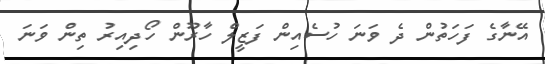
އޭނާގެ ފަހަތުން ދެ ވަނަ ހުސެއިން ފަޒީލް ހާރޫން ހޯދިއިރު ތިން ވަނަ